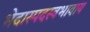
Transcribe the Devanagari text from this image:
भेदास्पदस्वभावाय